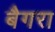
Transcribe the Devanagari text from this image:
बैगरा